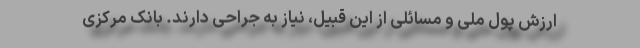
ارزش پول ملی و مسائلی از این قبیل، نیاز به جراحی دارند. بانک مرکزی